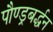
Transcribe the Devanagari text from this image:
पौण्ड्रबर्द्धन